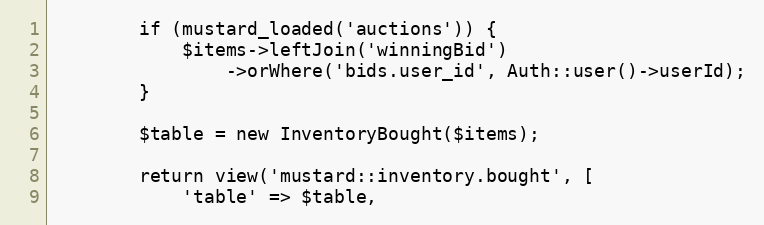
Language: PHP
        if (mustard_loaded('auctions')) {
            $items->leftJoin('winningBid')
                ->orWhere('bids.user_id', Auth::user()->userId);
        }

        $table = new InventoryBought($items);

        return view('mustard::inventory.bought', [
            'table' => $table,